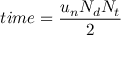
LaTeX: t i m e = { \frac { u _ { n } N _ { d } N _ { t } } { 2 } }